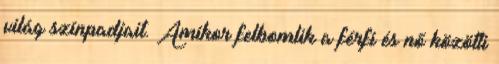
világ színpadjait. Amikor felbomlik a férfi és nő közötti